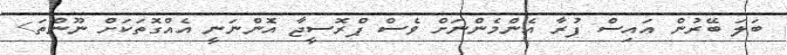
ބަލަ ބޭރުން އައިސް ފުރާ އެންމެެންނަށް ވެސް ޕްރޮސީޖާ އެޮންނަނީ އެއްގޮތަކަށް ނޫންތަ>